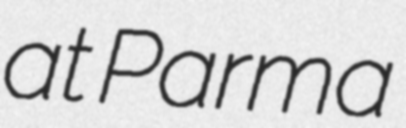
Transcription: at Parma